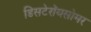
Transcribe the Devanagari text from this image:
डिसटेरॉयसोमर